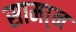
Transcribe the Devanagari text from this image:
सामा्न